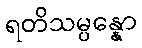
ရတိသမ္ပန္နော